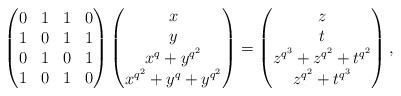
LaTeX: \begin{align*}\begin{pmatrix}0 & 1 & 1 & 0\\1 & 0 & 1 & 1\\0 & 1 & 0 & 1\\1 & 0 & 1 & 0\end{pmatrix}\begin{pmatrix}x\\y\\x^q+y^{q^2}\\x^{q^2}+y^q+y^{q^2}\end{pmatrix}=\begin{pmatrix}z\\t\\z^{q^{3}}+z^{q^{2}}+t^{q^{2}}\\z^{q^{2}}+t^{q^{3}}\end{pmatrix},\end{align*}